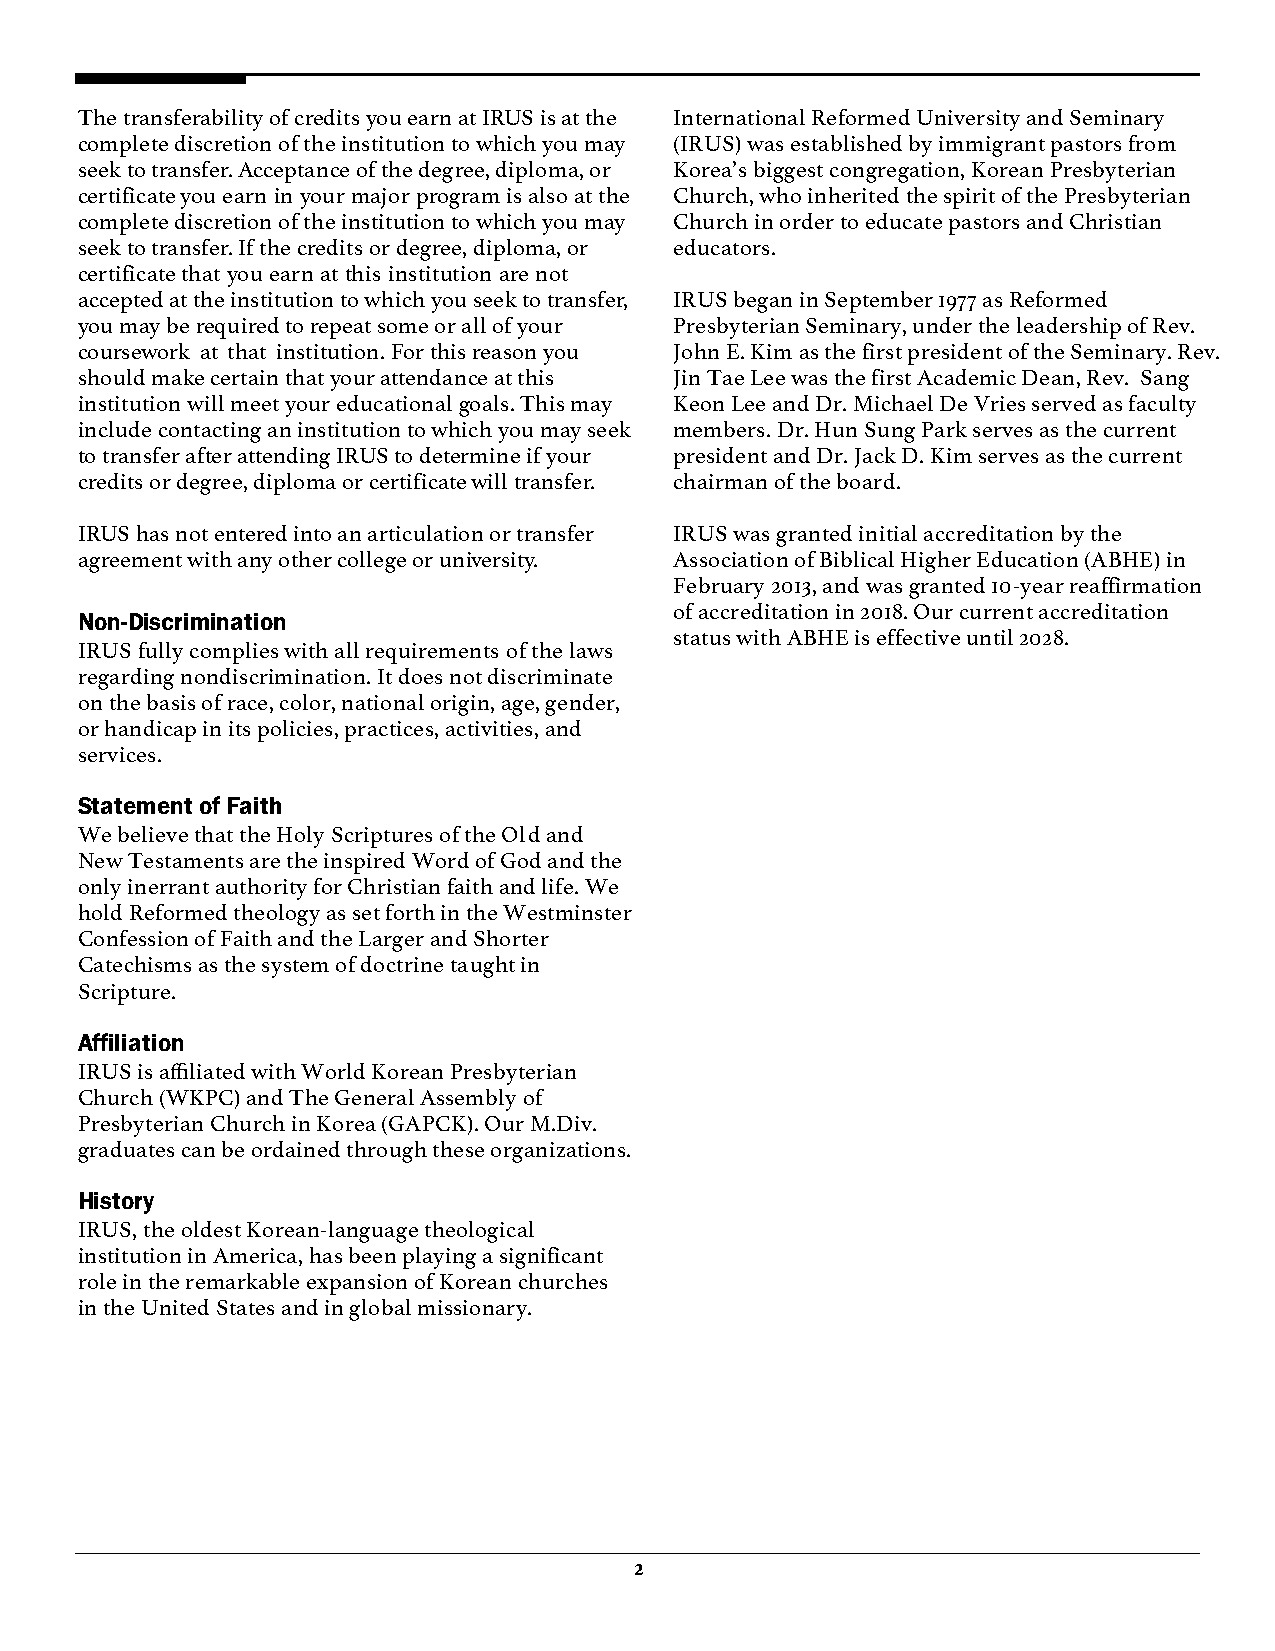
The transferability of credits you earn at IRUS is at the International Reformed University and Seminary
 complete discretion of the institution to which you may (IRUS) was established by immigrant pastors from
 seek to transfer. Acceptance of the degree, diploma, or Korea’s biggest congregation, Korean Presbyterian
 certificate you earn in your major program is also at the Church, who inherited the spirit of the Presbyterian
 complete discretion of the institution to which you may Church in order to educate pastors and Christian
 seek to transfer. If the credits or degree, diploma, or educators.
 certificate that you earn at this institution are not
 accepted at the institution to which you seek to transfer, IRUS began in September 1977 as Reformed
 you may be required to repeat some or all of your Presbyterian Seminary, under the leadership of Rev.
 coursework at that institution. For this reason you John E. Kim as the first president of the Seminary. Rev.
 should make certain that your attendance at this Jin Tae Lee was the first Academic Dean, Rev. Sang
 institution will meet your educational goals. This may Keon Lee and Dr. Michael De Vries served as faculty
 include contacting an institution to which you may seek members. Dr. Hun Sung Park serves as the current
 to transfer after attending IRUS to determine if your president and Dr. Jack D. Kim serves as the current
 credits or degree, diploma or certificate will transfer. chairman of the board.
 IRUS has not entered into an articulation or transfer IRUS was granted initial accreditation by the
 agreement with any other college or university. Association of Biblical Higher Education (ABHE) in
 February 2013, and was granted 10-year reaffirmation
 of accreditation in 2018. Our current accreditation
 Non-Discrimination
 status with ABHE is effective until 2028.
 IRUS fully complies with all requirements of the laws
 regarding nondiscrimination. It does not discriminate
 on the basis of race, color, national origin, age, gender,
 or handicap in its policies, practices, activities, and
 services.
 Statement of Faith
 We believe that the Holy Scriptures of the Old and
 New Testaments are the inspired Word of God and the
 only inerrant authority for Christian faith and life. We
 hold Reformed theology as set forth in the Westminster
 Confession of Faith and the Larger and Shorter
 Catechisms as the system of doctrine taught in
 Scripture.
 Affiliation
 IRUS is affiliated with World Korean Presbyterian
 Church (WKPC) and The General Assembly of
 Presbyterian Church in Korea (GAPCK). Our M.Div.
 graduates can be ordained through these organizations.
 History
 IRUS, the oldest Korean-language theological
 institution in America, has been playing a significant
 role in the remarkable expansion of Korean churches
 in the United States and in global missionary.
 2